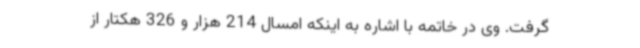
گرفت. وی در خاتمه با اشاره به اینکه امسال 214 هزار و 326 هکتار از